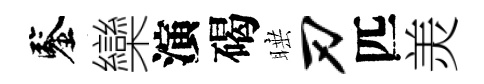
鑒欒演碣睡刃匹羙